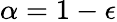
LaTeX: \alpha=1-\epsilon